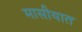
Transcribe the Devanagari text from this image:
मासीयात